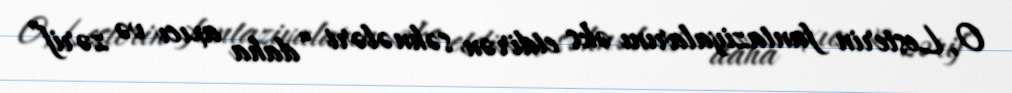
O, Lesterin fantaziyalarını əks etdirən səhnələri “daha axıcı və zərif”